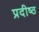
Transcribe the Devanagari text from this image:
प्रदीष्ठ